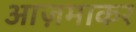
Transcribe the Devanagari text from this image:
आज़माकर